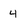
Character: 4